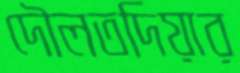
দৌলতদিয়ার